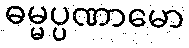
ဓမ္မပ္ပဏာမော